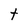
Character: t